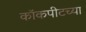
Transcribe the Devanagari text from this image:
कॉकपीटच्या